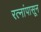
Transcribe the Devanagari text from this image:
रत्‍नांपासून